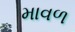
માવળ